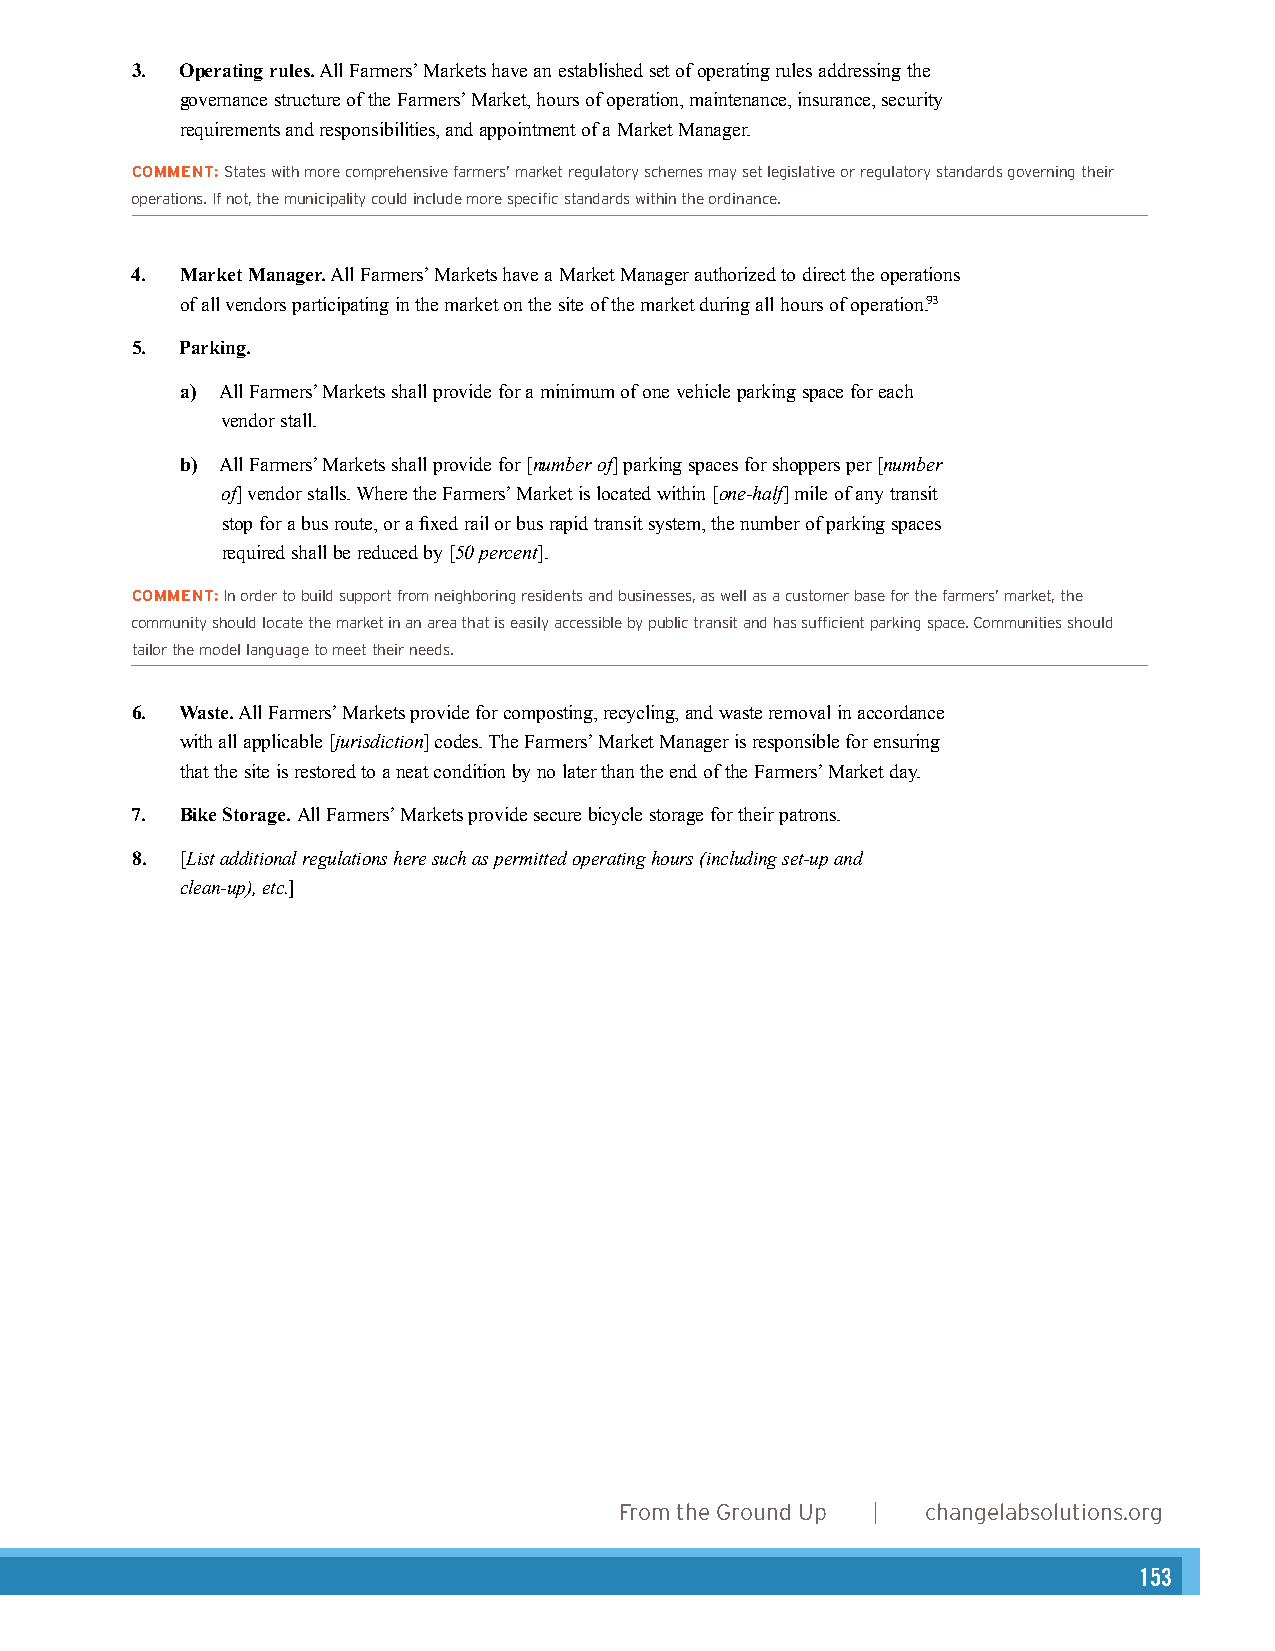
3. operating rules. All Farmers’ Markets have an established set of operating rules addressing the
 Authors
 governance structure of the Farmers’ Market, hours of operation, maintenance, insurance, security
 requirements and responsibilities, and appointment of a Market Manager. Heather Wooten, MCP, Senior Planner & Program Director
 COMMENT: States with more comprehensive farmers’ market regulatory schemes may set legislative or regulatory sAtanmdayrd sA gcokveernrimng athnei,r JD, Consulting Attorney
 operations. If not, the municipality could include more specific standards within the ordinance.
 Acknowledgements
 4. market manager. All Farmers’ Markets have a Market Manager authorized to direct the operations
 Angela Hadwin, MCP, Healthy Planning Fellow
 of all vendors participating in the market on the site of the market during all hours of operation.93
 5. Parking.
 Graphic Design
 a) All Farmers’ Markets shall provide for a minimum of one vehicle parking space for each
 Karen Parry | Black Graphics
 vendor stall.
 b) All Farmers’ Markets shall provide for [number of] parking spaces for shoppers per [number
 of] vendor stalls. Where the Farmers’ Market is located within [one-half] mile of any transit Photos
 stop for a bus route, or a fixed rail or bus rapid transit system, the number of parking spaces Karen Parry (pages 4, 18, and 26), Lydia Daniller (pages 6, 16, 23, 30, and 35), and
 required shall be reduced by [50 percent].
 FlickrCreative Commons: Anuj Biyani (page 10), muffet (page 12), John Loo (page 14),
 COMMENT: In order to build support from neighboring residents and businesses, as well as a customer base for the farmers’ market, the
 andalexander.steed (page 15).
 community should locate the market in an area that is easily accessible by public transit and has sufficient parking space. Communities should
 tailor the model language to meet their needs.
 6. Waste. All Farmers’ Markets provide for composting, recycling, and waste removal in accordance
 with all applicable [jurisdiction] codes. The Farmers’ Market Manager is responsible for ensuring
 that the site is restored to a neat condition by no later than the end of the Farmers’ Market day.
 7. Bike Storage. All Farmers’ Markets provide secure bicycle storage for their patrons.
 8. [List additional regulations here such as permitted operating hours (including set-up and
 clean-up), etc.]
 2      From the Ground Up | changelabsolutions.org
 changelabsolutions.org | From the Ground Up 29
 153